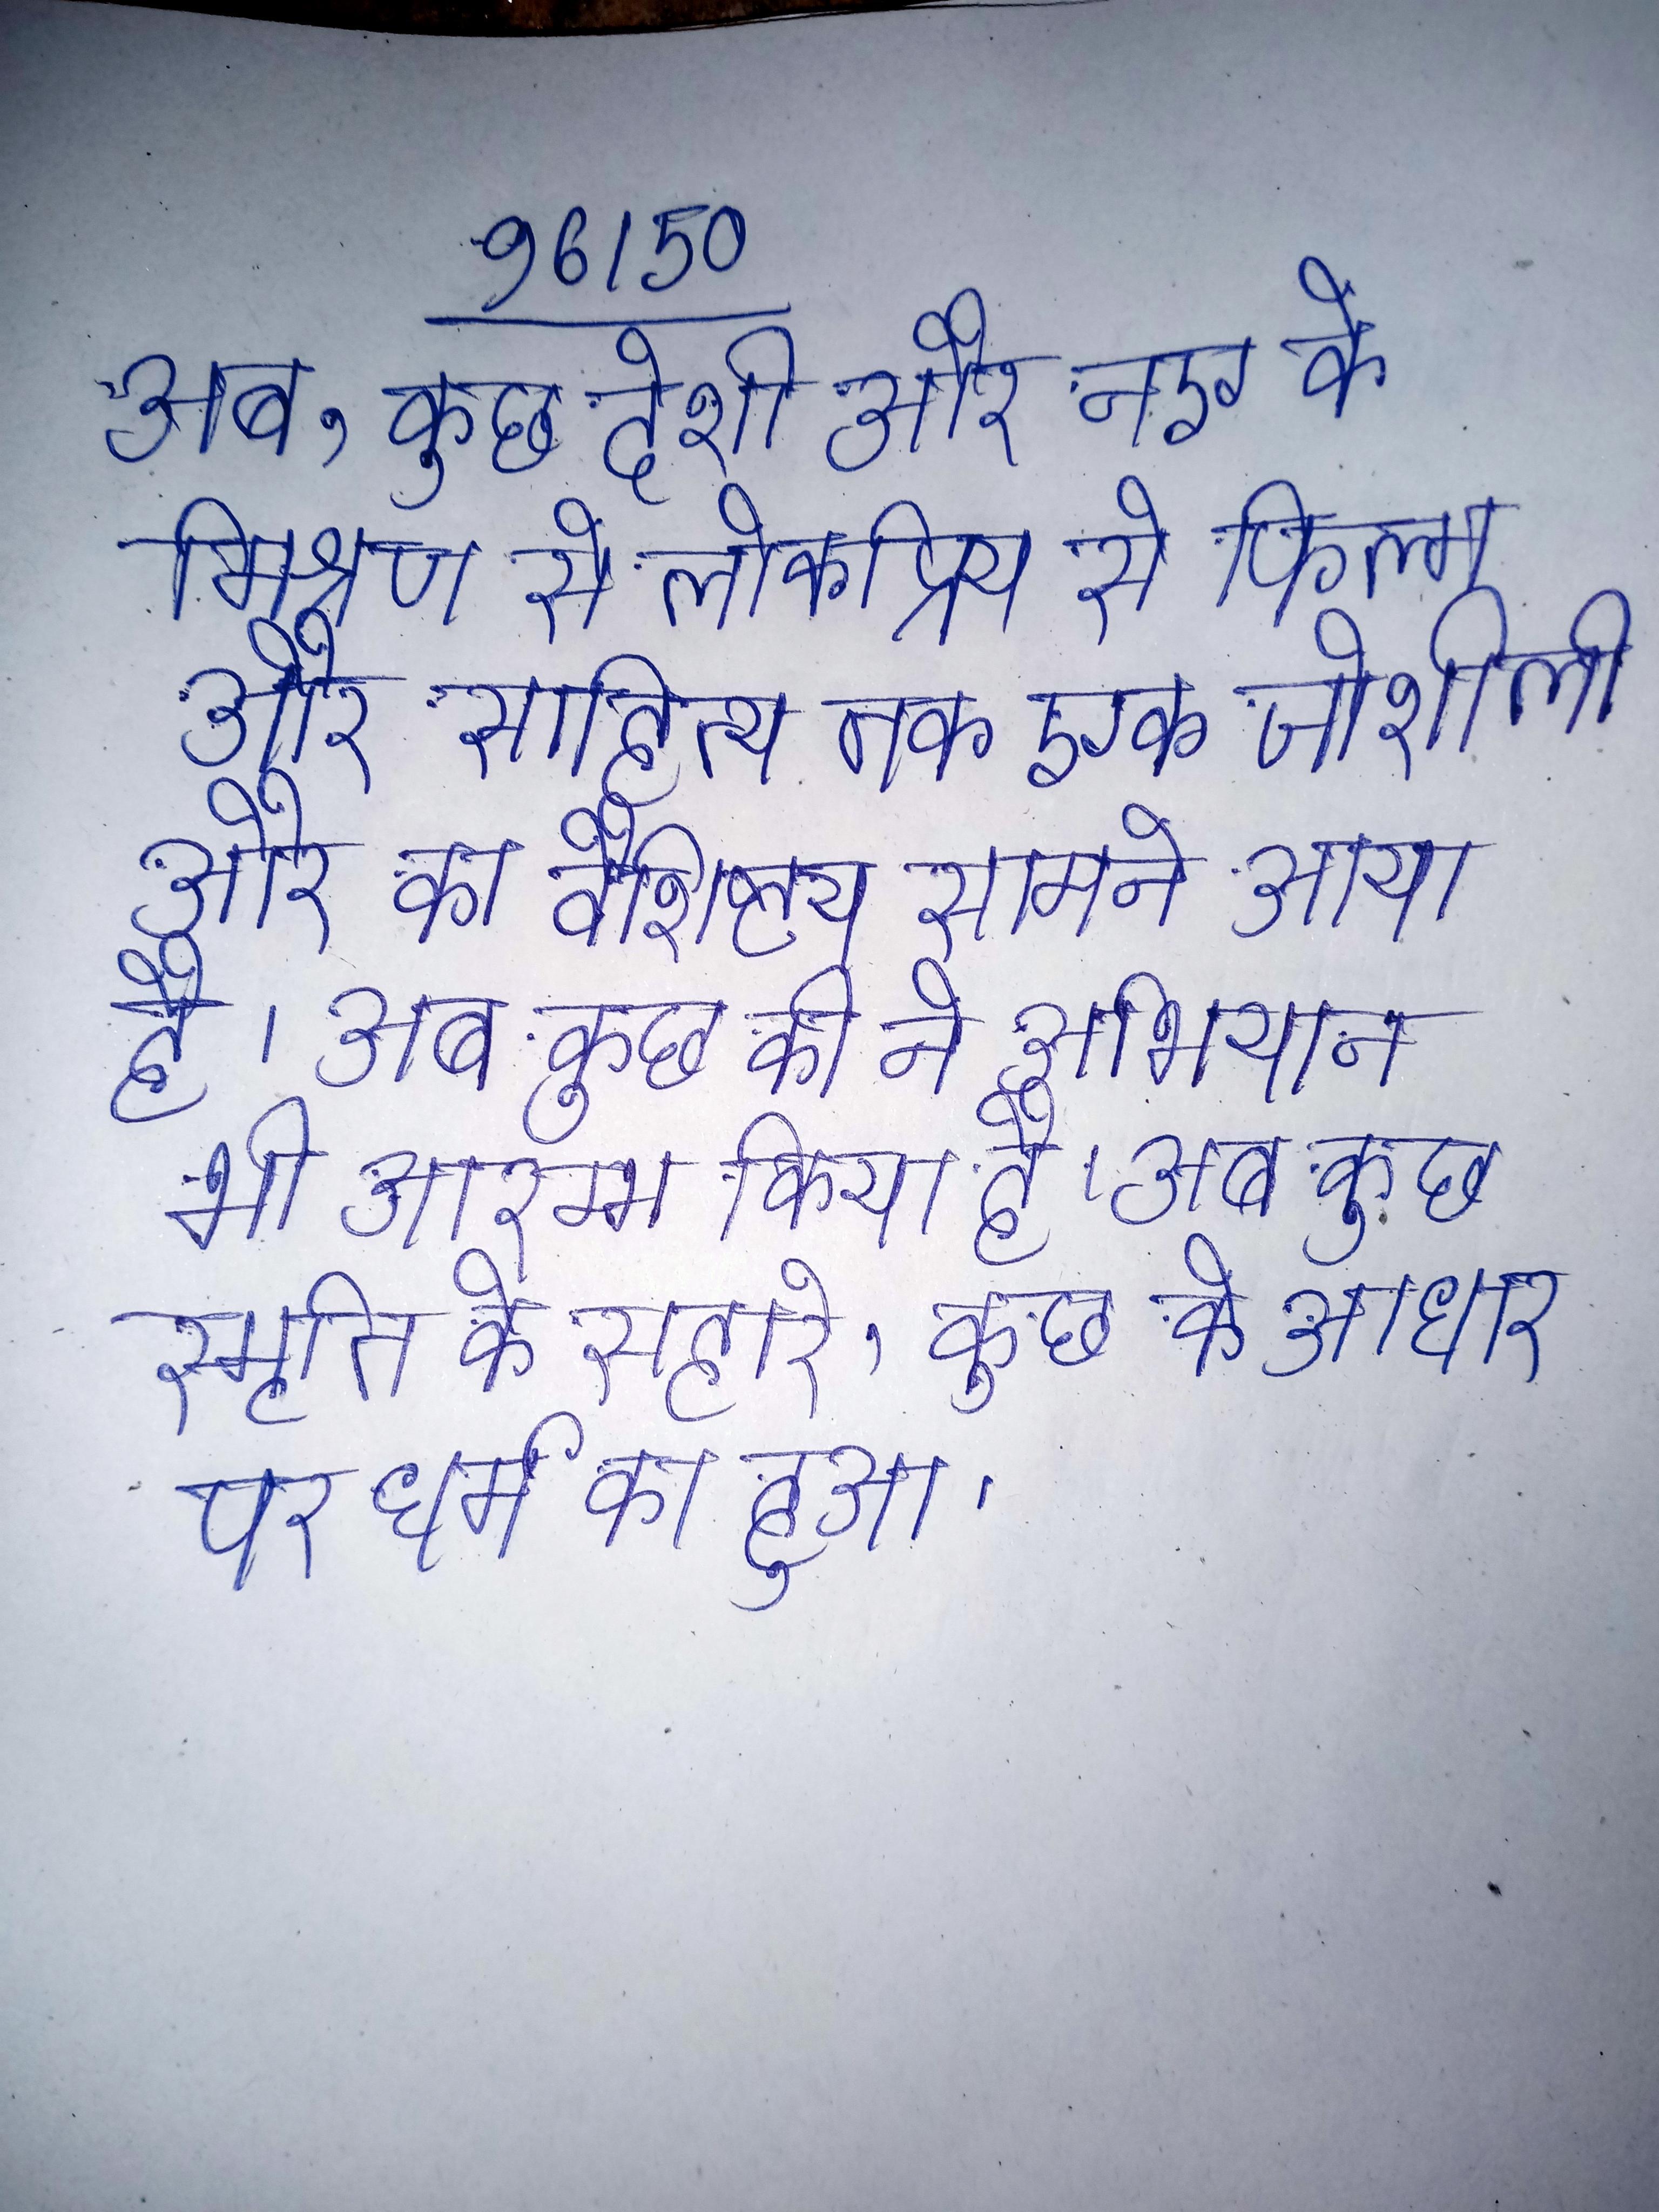
अब, कुछ देशी और नए के मिश्रण से लोकप्रिय से फिल्म और साहित्य तक एक जोशीली और का वैशिष्ट्य सामने आया है । अब कुछ की ने अभियान भी आरम्भ किया है । अब कुछ स्मृति के सहारे, कुछ के आधार पर धर्म का हुआ ।